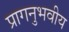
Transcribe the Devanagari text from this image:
प्रागनुभवीय